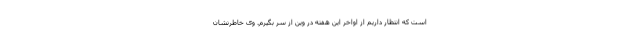
است که انتظار داریم از اواخر این هفته در وین از سر بگیرم. وی خاطرنشان